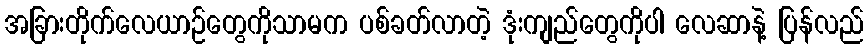
အခြားတိုက်လေယာဉ်တွေကိုသာမက ပစ်ခတ်လာတဲ့ ဒုံးကျည်တွေကိုပါ လေဆာနဲ့ ပြန်လည်